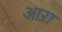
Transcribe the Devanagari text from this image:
आऱा